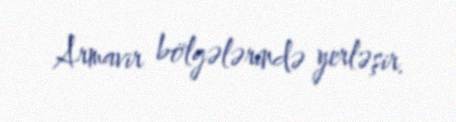
Armavir bölgələrində yerləşir.